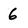
Character: 6